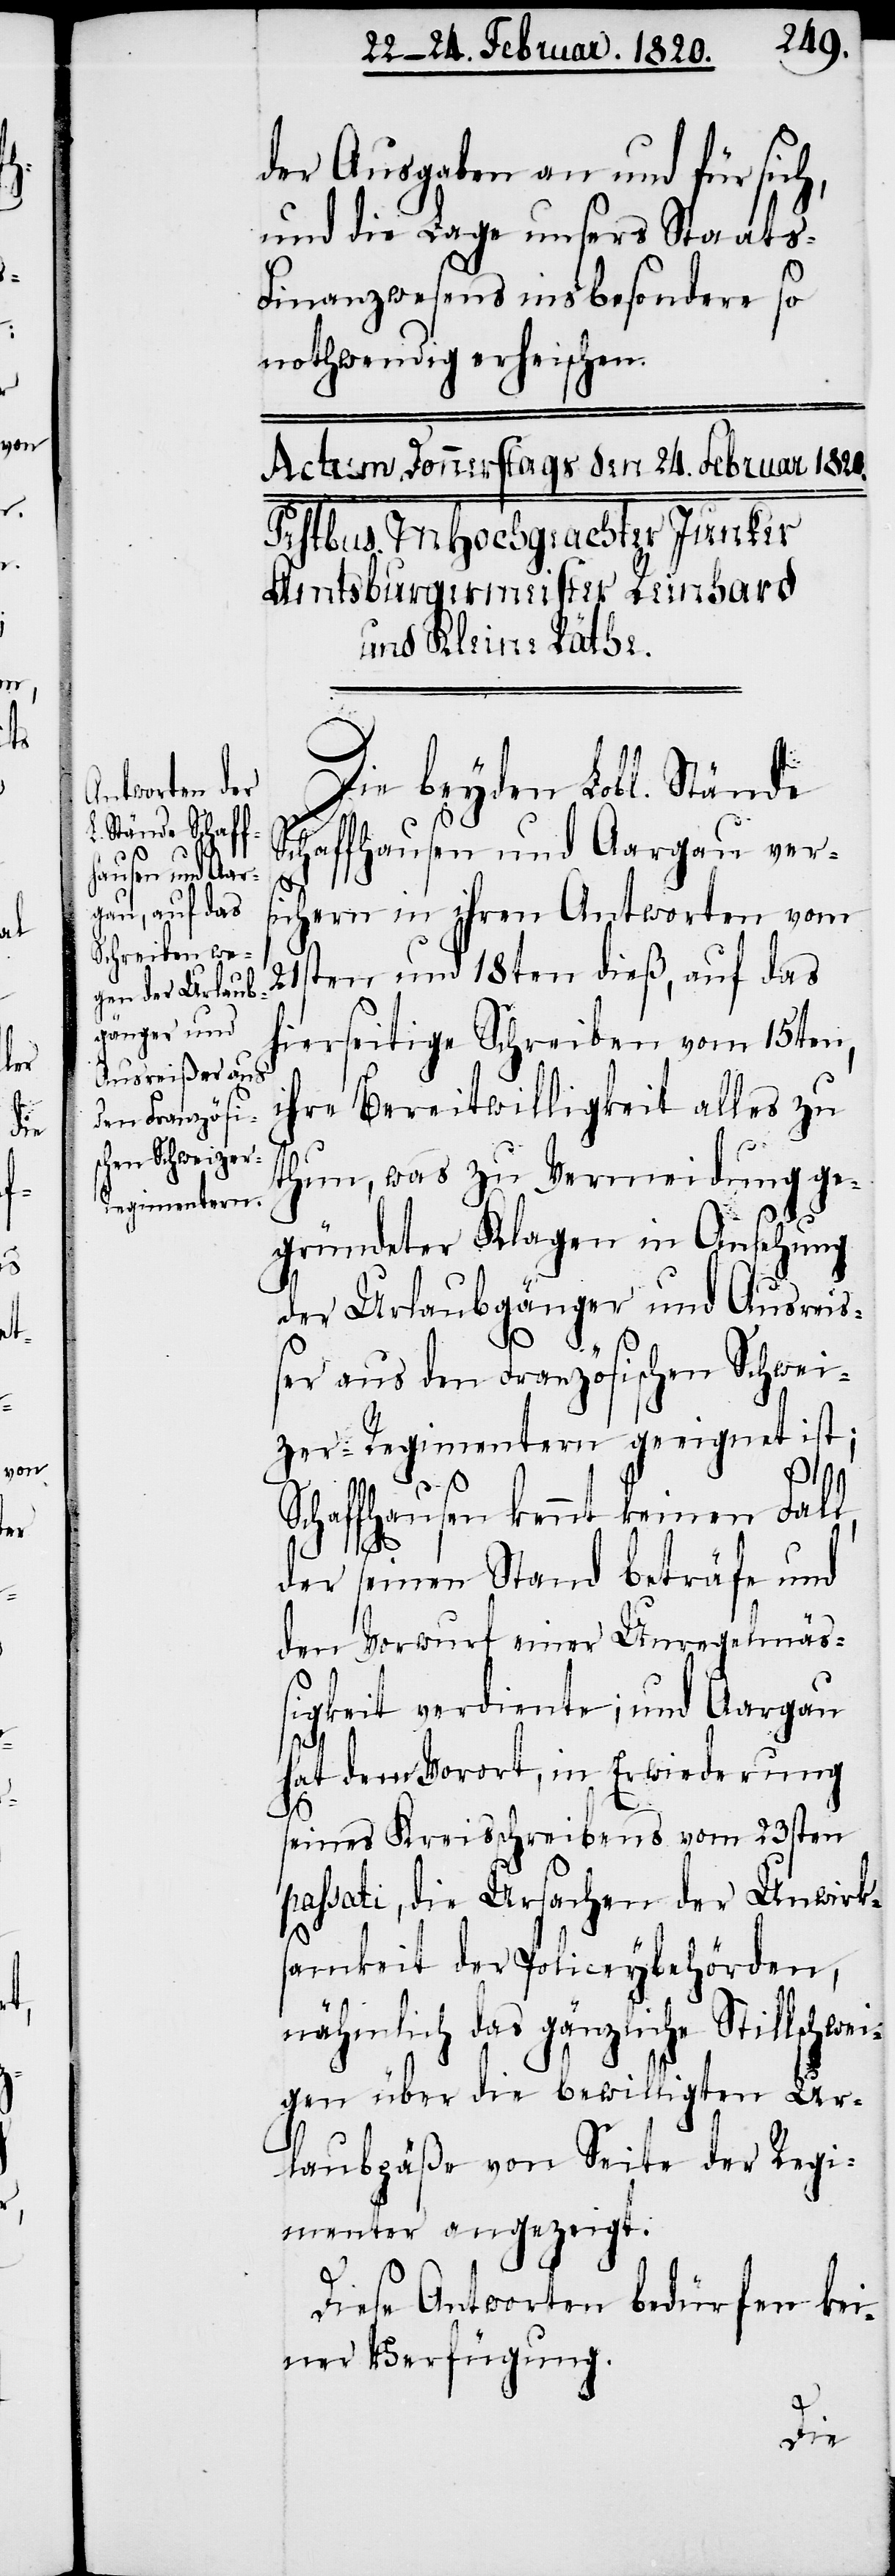
der Ausgaben an und für sich,
und die Lage unsers Staats-F¬
inanzwesens insbesondere so
nothwendig erheischen.
Die beyden Lobl. Stände
Schaffhausen und Aargau ver¬
sichern in ihren Antworten vom
21sten und 18ten dieß, auf das
hierseitige Schreiben vom 15ten,
ihre Bereitwilligkeit alles zu
thun, was zu Vermeidung ge¬
gründeter Klagen in Ansehung
der Urlaubgänger und Ausrei¬
ßer aus den Französischen Schwei¬
zer-Regimentern geeignet ist;
Schaffhausen kennt keinen Fall,
der seinen Stand beträfe und
den Vorwurf einer Unregelmäß¬
igkeit verdiente; und Aargau
hat dem Vorort, in Erwiederung
seines Kreisschreibens vom 23sten
passati, die Ursachen der Unwirk¬
samkeit der Policeybehörden,
nähmlich das gänzliche Stillschwe¬
igen über die bewilligten Ur¬
laubpäße von Seite der Regi¬
menter angezeigt.
Diese Antworten bedürfen kei¬
ner Verfügung.